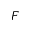
F